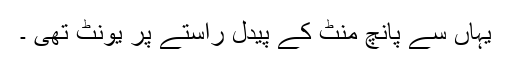
یہاں سے پانچ منٹ کے پیدل راستے پر یونٹ تھی ۔